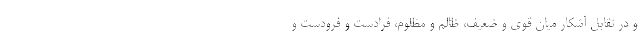
و در تقابل آشكار ميان قوي و ضعيف، ظالم و مظلوم، فرادست و فرودست و